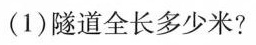
(1)隧道全长多少米?